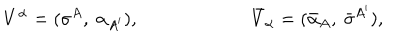
LaTeX: V ^ { \alpha } = ( \sigma ^ { A } , \ \alpha _ { A ^ { \prime } } ) , \qquad \qquad \qquad { \bar { V } } _ { \alpha } = ( { \bar { \alpha } _ { A } } , \ { \bar { \sigma } } ^ { A ^ { \prime } } ) ,